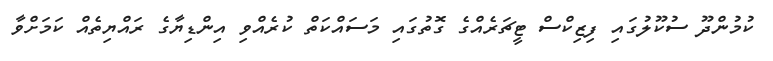
ކުމުންދޫ ސުކޫލުގައި ފިޒިކްސް ޓީޗަރެއްގެ ގޮތުގައި މަސައްކަތް ކުރެއްވި އިންޑިޔާގެ ރައްޔިތެއް ކަމަށްވާ